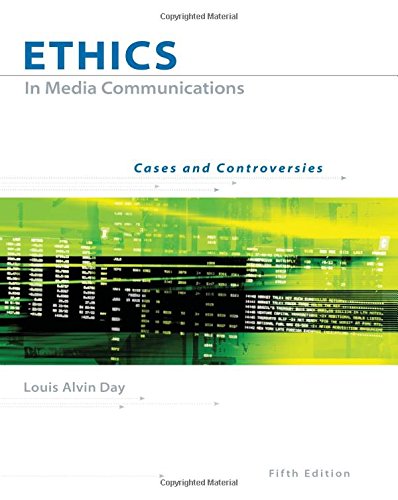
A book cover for Ethics in Media Communications: Cases and Controversies (with InfoTrac); Louis A. Day; Business & Money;